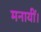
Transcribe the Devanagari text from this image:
मनायीं।